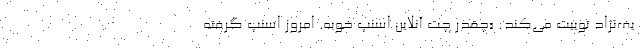
یف‌نژاد توییت می‌کند: «چقدر چت آنلاین اسنپ خوبه. امروز اسنپ گرفته